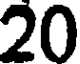
20